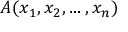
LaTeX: A ( x _ { 1 } , x _ { 2 } , \ldots , x _ { n } )